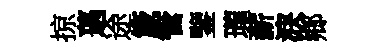
掠薖途箴管鑒瓏薪淚鄉